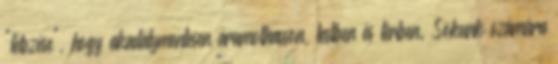
"létezése", hogy akadálymentesen áramolhasson, testben és térben. Sokunk számára